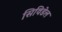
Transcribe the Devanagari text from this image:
सिविडेल